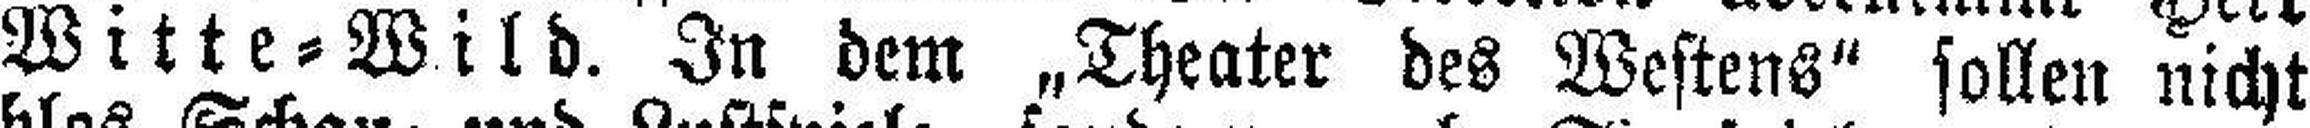
Witte=Wild. In dem „Theater des Westens“ sollen nicht